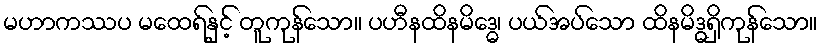
မဟာကဿပ မထေရ်နှင့် တူကုန်သော။ ပဟီနထိနမိဒ္ဓေ၊ ပယ်အပ်သော ထိနမိဒ္ဓရှိကုန်သော။